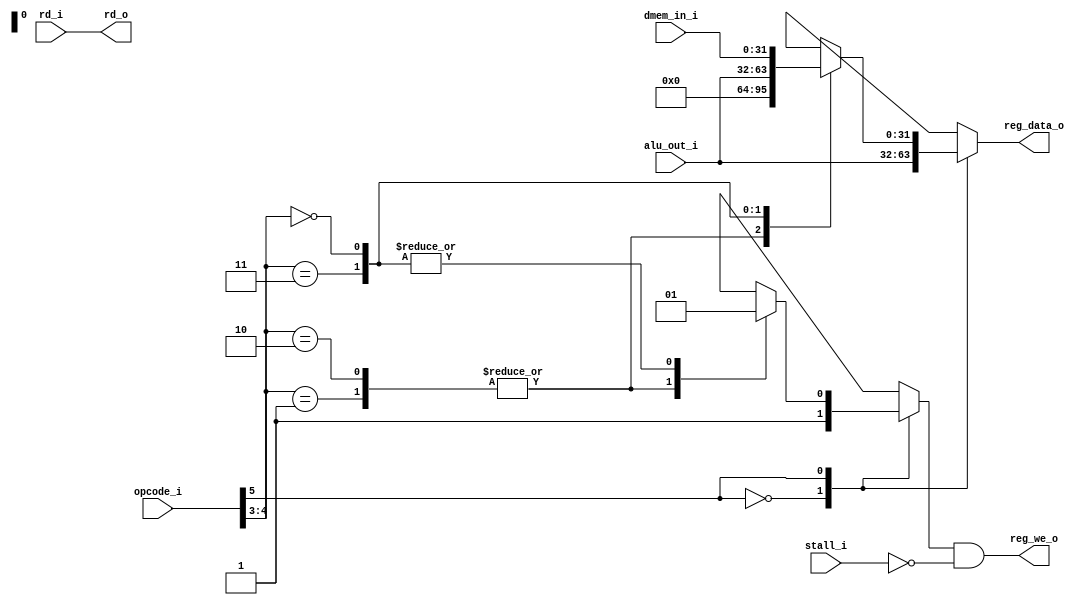
module pipeline_wb(

	//Input
	
	input [31:0] dmem_in_i,
	input [5:0] opcode_i,
	input [4:0] rd_i,
	input [31:0] alu_out_i,
	input stall_i,
	
	//Output
	
	output [31:0] reg_data_o,
	output reg_we_o,
	output [4:0] rd_o
);


	reg reg_we_w;
	reg [31:0] reg_data_r;
	//----------------------------------//
	//			Register Input Decoder		//
	//----------------------------------//
	
	always@(*) begin
		case(opcode_i[5])
			//ALU Operations
			1'b0:
				begin
					reg_data_r<=alu_out_i;
					reg_we_w <= 1;
				end
			//Other Operations
			1'b1:
				begin
					case(opcode_i[4:3])
						//Branch and Store
						2'b10,2'b01:
							begin
								reg_data_r<=32'b0;
								reg_we_w <= 0;
							end
						//Jump, AUPIC, LUI
						2'b11:
							begin
								reg_data_r<=alu_out_i;
								reg_we_w <= 1;	
							end
						//Load
						2'b00:
							begin
								reg_data_r<=dmem_in_i;
								reg_we_w <= 1;	
							end
					endcase
				end
		endcase
	end

	assign rd_o = rd_i;
	assign reg_we_o = reg_we_w & (~stall_i);
	assign reg_data_o = reg_data_r;
endmodule